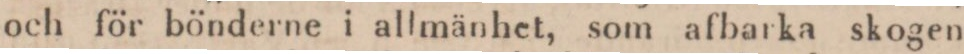
och för bönderne i allmänhet, som afbarka skogen